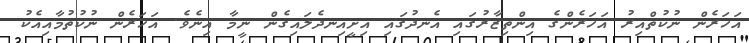
އަހަރެން ނުކުތްއިރު އަހަރެންގެ އިންތިޒާރުގައި އެނދުގައި އިށީއިނދެލައިގެން ނީމާ އިނެވެ. އަހަރެން ނުކުތުމާއިއެކު